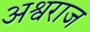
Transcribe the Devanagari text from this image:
अश्वराज